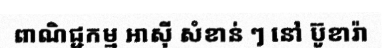
ពាណិជ្ជកម្ម អាស៊ី សំខាន់ ៗ នៅ ប៊ូខារ៉ា